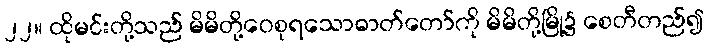
၂၂။ ထိုမင်းတို့သည် မိမိတို့ဝေစုရသောဓာတ်တော်ကို မိမိတို့မြို့၌ စေတီတည်၍